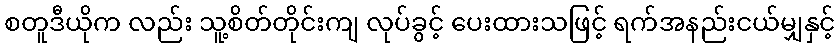
စတူဒီယိုက လည်း သူ့စိတ်တိုင်းကျ လုပ်ခွင့် ပေးထားသဖြင့် ရက်အနည်းငယ်မျှနှင့်